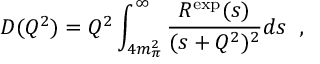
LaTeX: D ( Q ^ { 2 } ) = Q ^ { 2 } \int _ { 4 m _ { \pi } ^ { 2 } } ^ { \infty } \frac { R ^ { \mathrm { e x p } } ( s ) } { ( s + Q ^ { 2 } ) ^ { 2 } } d s \; \; ,